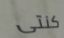
كنتى